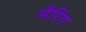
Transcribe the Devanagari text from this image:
मैरिंग